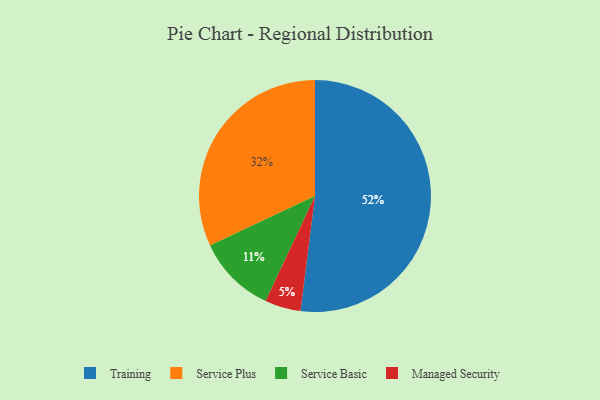
{"axis": {"x": "Category", "y": "Percentage"}, "legend": ["Managed Security", "Service Basic", "Service Plus", "Training"], "data": [{"x": "Training", "y": 52, "type": "Training"}, {"x": "Service Plus", "y": 32, "type": "Service Plus"}, {"x": "Service Basic", "y": 11, "type": "Service Basic"}, {"x": "Managed Security", "y": 5, "type": "Managed Security"}]}